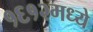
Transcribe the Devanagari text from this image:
१६१२मध्ये